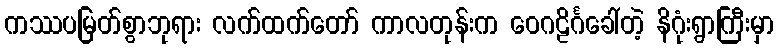
ကဿပမြတ်စွာဘုရား လက်ထက်တော် ကာလတုန်းက ဝေဂဠိင်္ဂခေါ်တဲ့ နိဂုံးရွာကြီးမှာ